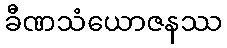
ခီဏသံယောဇနဿ